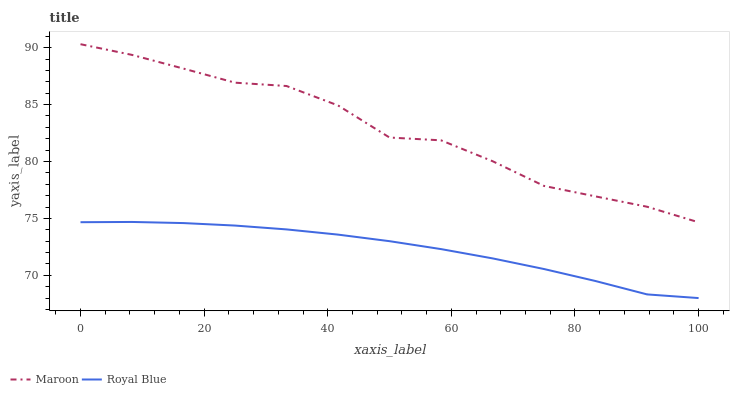
| xaxis_label | Maroon | Royal Blue |
 | --- | --- | --- |
 | 0 | 90.3 | 74.7 |
 | 8.33 | 89.4 | 74.7 |
 | 16.7 | 88.2 | 74.6 |
 | 25 | 86.9 | 74.4 |
 | 33.3 | 86.6 | 74 |
 | 41.7 | 84.9 | 73.6 |
 | 50 | 82.1 | 73 |
 | 58.3 | 81.9 | 72.3 |
 | 66.7 | 80 | 71.5 |
 | 75 | 77.9 | 70.6 |
 | 83.3 | 76.9 | 69.5 |
 | 91.7 | 76 | 68.3 |
 | 100 | 74.7 | 68 |